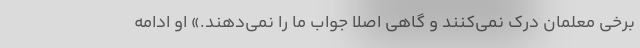
برخی معلمان درک نمی‌کنند و گاهی اصلا جواب ما را نمی‌دهند.» او ادامه